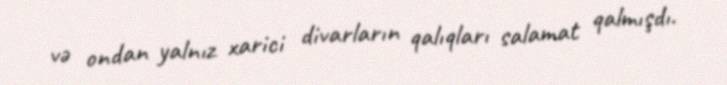
və ondan yalnız xarici divarların qalıqları salamat qalmışdı.